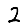
Digit: 2